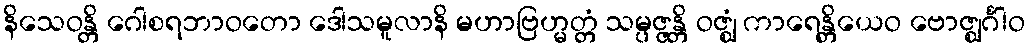
နိသေဝန္တိ ဂေါစရဘာဝတော ဒေါသမူလာနိ မဟာဗြဟ္မတ္တံ သမ္ပဇ္ဇန္တိ ဝဇ္ဈံ ကာရေန္တိယေဝ ဗောဇ္ဈင်္ဂါဝ